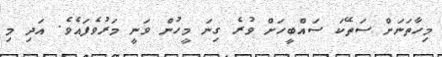
މިހާތަނަށް ސަތޭކަ ސައްބީހަށް ވުރެ ގިނަ މީހުން ވަނީ މަރުވެފައެވެ. އަދި މި